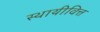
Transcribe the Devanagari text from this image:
स्थायीवित्त